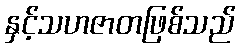
နှင့်သဟဇာတဖြစ်သည်